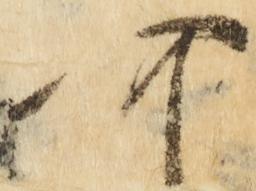
可